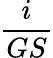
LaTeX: \frac{i}{GS}